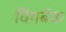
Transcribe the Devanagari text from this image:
विंगबॅक